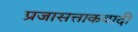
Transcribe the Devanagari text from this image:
प्रजासत्ताकवादी